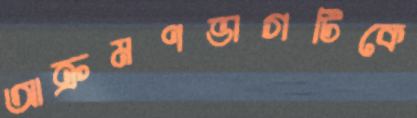
আক্রমণভাগটিকে